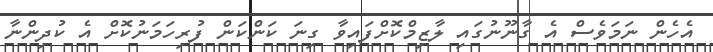
އެހެން ނަމަވެސް އެ ގާނޫނުގައި ލާޒިމްކޮށްފައިވާ ގިނަ ކަންކަން ފުރިހަމަނުކޮށް އެ ކުދިންނާ